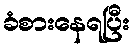
ခံစားနေရပြီး